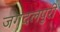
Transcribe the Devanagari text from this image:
जगदलपुरी